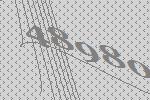
48980